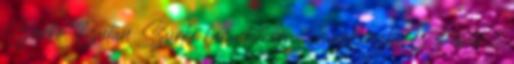
Szürke. Ezután Szürke bemutatkozott, majd engem és Pávát is